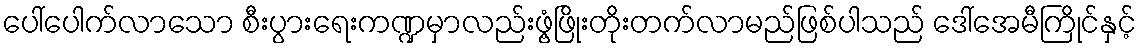
ပေါ်ပေါက်လာသော စီးပွားရေးကဏ္ဍမှာလည်းဖွံ့ဖြိုးတိုးတက်လာမည်ဖြစ်ပါသည် ဒေါ်အေမီကြိုင်နှင့်